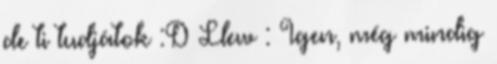
de ti tudjátok :D Llew : Igen, még mindig